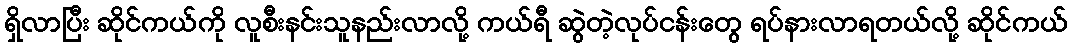
ရှိလာပြီး ဆိုင်ကယ်ကို လူစီးနင်းသူနည်းလာလို့ ကယ်ရီ ဆွဲတဲ့လုပ်ငန်းတွေ ရပ်နားလာရတယ်လို့ ဆိုင်ကယ်